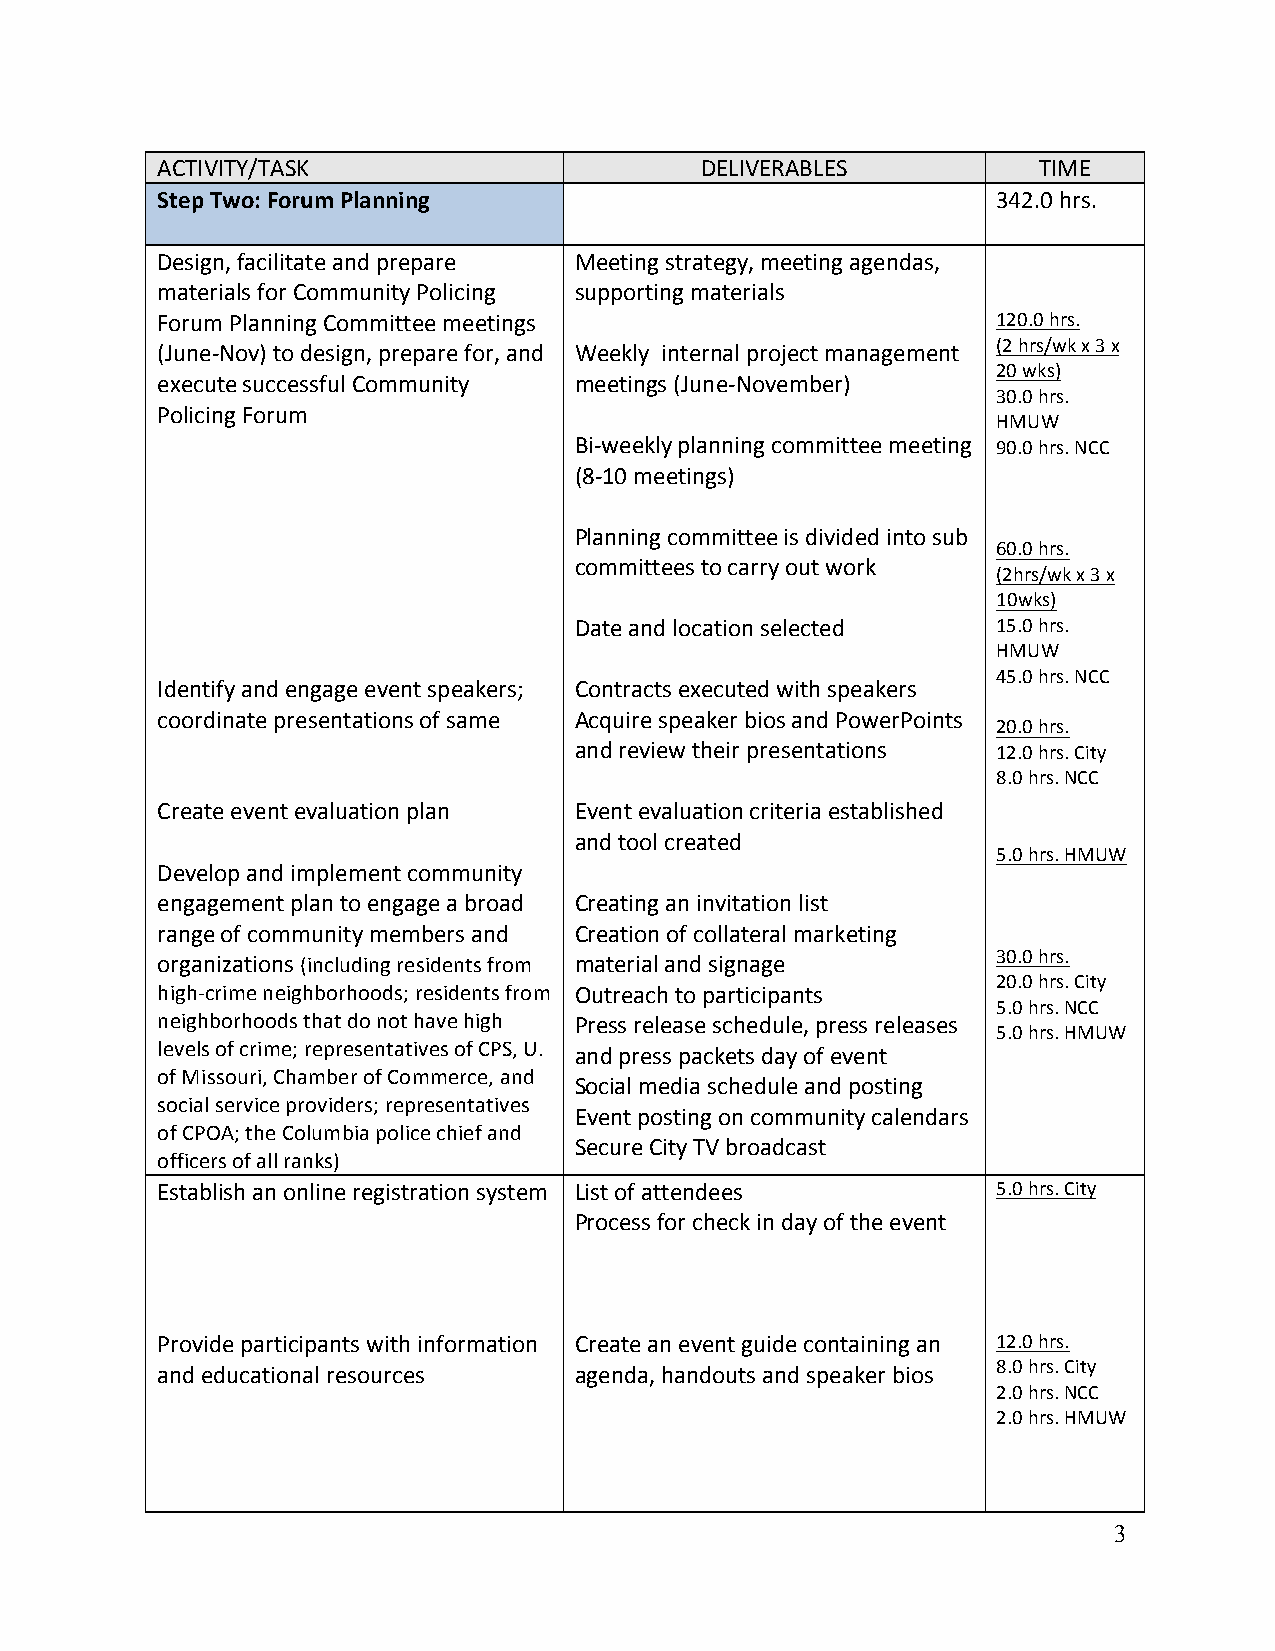
ACTIVITY/TASK                       DELIVERABLES           TIME
 Step Two: Forum Planning                                342.0 hrs.
 Design, facilitate and prepare Meeting strategy, meeting agendas,
 materials for Community Policing supporting materials
 Forum Planning Committee meetings                       120.0 hrs.
 (June-Nov) to design, prepare for, and Weekly internal project management (2 hrs/wk x 3 x
 20 wks)
 execute successful Community meetings (June-November)
 30.0 hrs.
 Policing Forum
 HMUW
 Bi-weekly planning committee meeting 90.0 hrs. NCC
 (8-10 meetings)
 Planning committee is divided into sub
 60.0 hrs.
 committees to carry out work
 (2hrs/wk x 3 x
 10wks)
 Date and location selected  15.0 hrs.
 HMUW
 45.0 hrs. NCC
 Identify and engage event speakers; Contracts executed with speakers
 coordinate presentations of same Acquire speaker bios and PowerPoints
 20.0 hrs.
 and review their presentations 12.0 hrs. City
 8.0 hrs. NCC
 Create event evaluation plan Event evaluation criteria established
 and tool created
 5.0 hrs. HMUW
 Develop and implement community
 engagement plan to engage a broad Creating an invitation list
 range of community members and Creation of collateral marketing
 organizations (including residents from material and signage 30.0 hrs.
 20.0 hrs. City
 high-crime neighborhoods; residents from Outreach to participants
 5.0 hrs. NCC
 neighborhoods that do not have high Press release schedule, press releases
 5.0 hrs. HMUW
 levels of crime; representatives of CPS, U. and press packets day of event
 of Missouri, Chamber of Commerce, and
 Social media schedule and posting
 social service providers; representatives
 Event posting on community calendars
 of CPOA; the Columbia police chief and
 Secure City TV broadcast
 officers of all ranks)
 Establish an online registration system List of attendees 5.0 hrs. City
 Process for check in day of the event
 Provide participants with information Create an event guide containing an 12.0 hrs.
 and educational resources   agenda, handouts and speaker bios 8.0 hrs. City
 2.0 hrs. NCC
 2.0 hrs. HMUW
 3